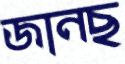
জানছ